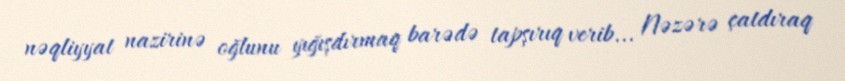
nəqliyyat nazirinə oğlunu yığışdırmaq barədə tapşırıq verib... Nəzərə çatdıraq